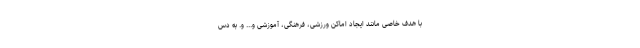
با هدف خاصی مانند ایجاد اماکن ورزشی، فرهنگی، آموزشی و... و. به دس